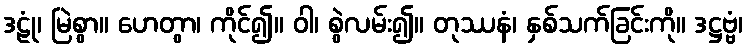
ဒဠုံ၊ မြဲစွာ။ ဟေတွာ၊ ကိုင်၍။ ဝါ၊ စွဲလမ်း၍။ တုဿနံ၊ နှစ်သက်ခြင်းကို။ ဒဋ္ဌဗ္ဗံ၊